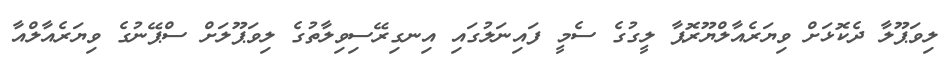
ލިވަޕޫލާ ދެކޮޅަށް ވިޔަރެއާލްޔޫރޮޕާ ލީގުގެ ސެމީ ފައިނަލުގައި އިނގިރޭސިވިލާތުގެ ލިވަޕޫލަށް ސްޕޭނުގެ ވިޔަރެއާލްއާ